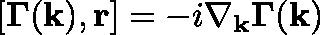
[ \mathbf { \Gamma } ( \mathbf { k } ) , \mathbf { r } ] = - i \nabla _ { \mathbf { k } } \mathbf { \Gamma } ( \mathbf { k } )